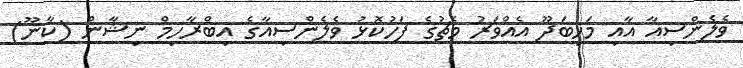
ވެލެންސިއާ އާއި މަހިބަދޫ އެއްވަރު މެޗުގެ ފަހުކޮޅު ވެލެންސިއާގެ އިބްރާހިމް ނިޝާން (ކާނޫ)